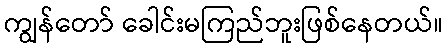
ကျွန်တော် ခေါင်းမကြည်ဘူးဖြစ်နေတယ်။